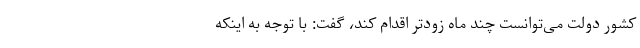
کشور دولت می‌توانست چند ماه زودتر اقدام کند، گفت: با توجه به اینکه